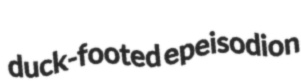
duck-footed epeisodion